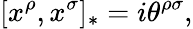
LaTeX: [x^{\rho},x^{\sigma}]_{*}=i\theta^{\rho\sigma},